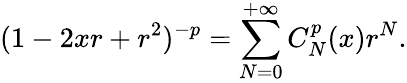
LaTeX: (1-2xr+r^{2})^{-p}=\sum_{N=0}^{+\infty}C_{N}^{p}(x)r^{N}.